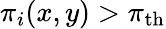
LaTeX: \pi_{i}(x,y)>\pi_{\mathrm{th}}